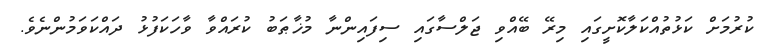
ކުރުމަށް ކަޅުތުއްކަލާކޮށީގައި މިރޭ ބޭއްވި ޖަލްސާގައި ސިފައިންނާ މުޚާޠަބު ކުރައްވާ ވާހަކަފުޅު ދައްކަވަމުންނެވެ.